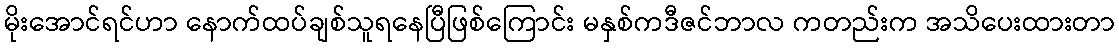
မိုးအောင်ရင်ဟာ နောက်ထပ်ချစ်သူရနေပြီဖြစ်ကြောင်း မနှစ်ကဒီဇင်ဘာလ ကတည်းက အသိပေးထားတာ